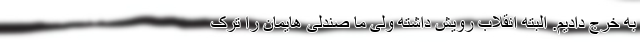
به خرج دادیم. البته انقلاب رویش داشته ولی ما صندلی هایمان را ترک